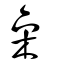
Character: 喿